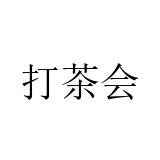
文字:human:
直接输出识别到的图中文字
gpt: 打茶会